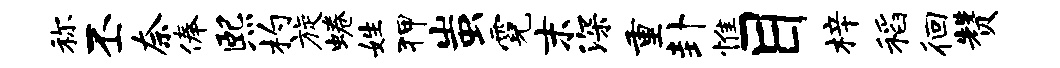
称丕奈俸熙杓旋蜷姓狎蚩霓末深重卦惟目梓稻徊赞